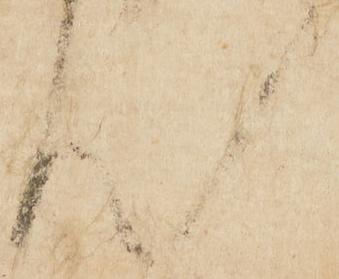
て